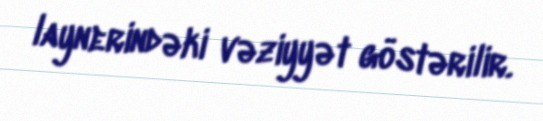
laynerindəki vəziyyət göstərilir.